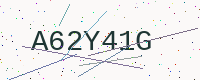
Text: A62Y41G